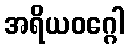
အရိယဝဂ္ဂေါ